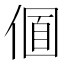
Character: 𠌛